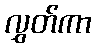
လွှတ်ကာ